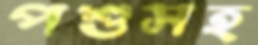
পশুসহ